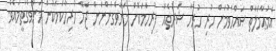
އެމުޢާމަލާތް ޞައްޙަވުމަށް ހުރި ހުރިހާ ޝަރުޠެއް ފުރިހަމަކޮށް މަނާވެގަންނަން ޖެހޭ ހުރިހާކަމަކުން މަނާވެގަތީމައެވެ.